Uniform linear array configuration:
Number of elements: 16
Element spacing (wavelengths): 0.5
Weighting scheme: blackman
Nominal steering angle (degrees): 30
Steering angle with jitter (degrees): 28.947
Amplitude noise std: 0.05
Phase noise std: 0.05

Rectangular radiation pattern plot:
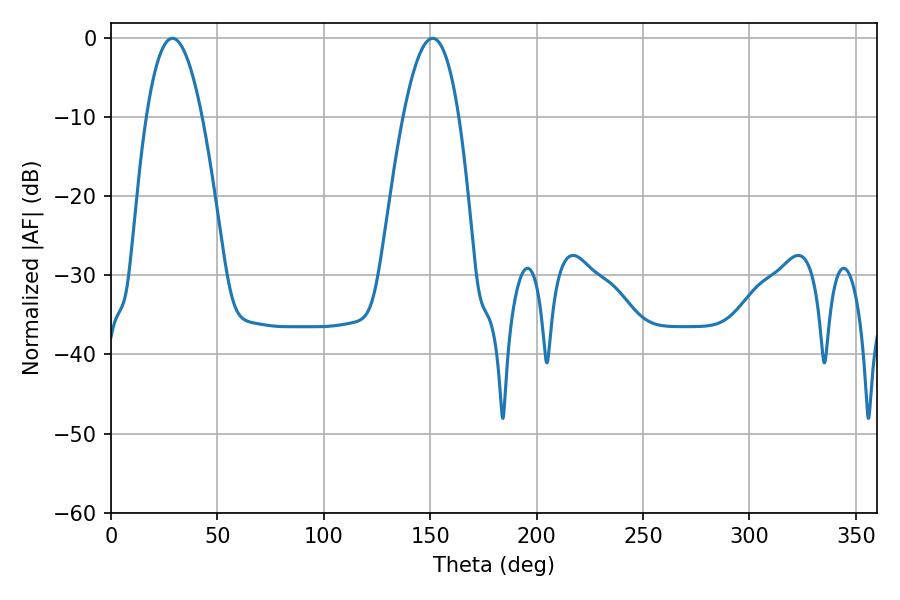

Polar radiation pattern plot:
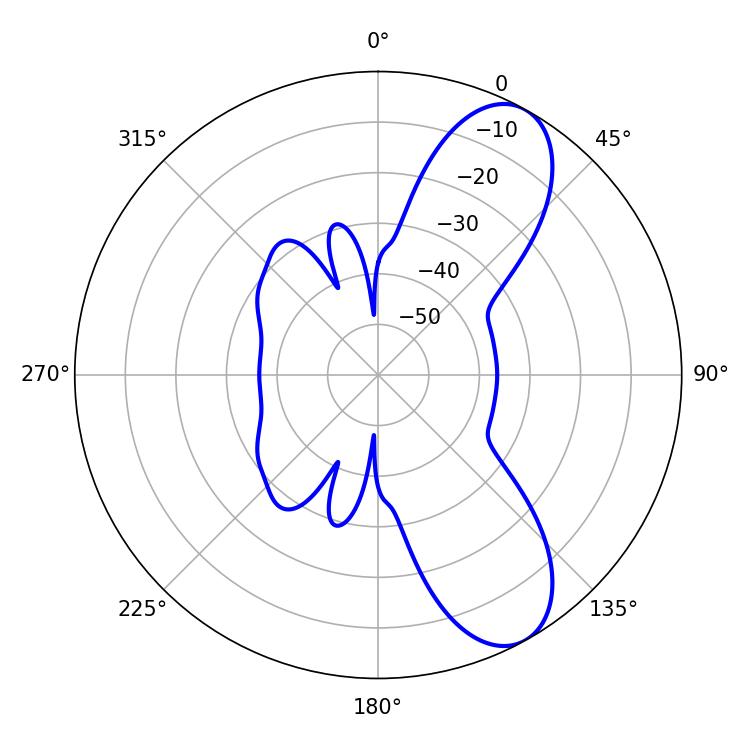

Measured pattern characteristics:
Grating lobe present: FALSE
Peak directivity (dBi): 8.827
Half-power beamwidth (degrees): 14.4
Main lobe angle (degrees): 28.8